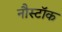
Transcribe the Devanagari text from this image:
नौस्टॉक